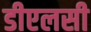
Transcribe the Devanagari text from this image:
डीएलसी